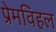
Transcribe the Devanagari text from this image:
प्रेमविहल